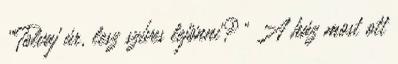
„Tolvaj úr, lesz szíves lejönni?” A ház most ott